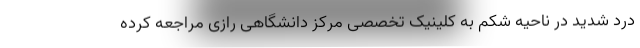
درد شدید در ناحیه شکم به کلینیک تخصصی مرکز دانشگاهی رازی مراجعه کرده